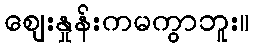
ဈေးနှုန်းကမကွာဘူး။